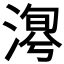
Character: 𣹯